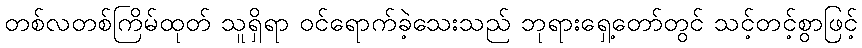
တစ်လတစ်ကြိမ်ထုတ် သူရှိရာ ဝင်ရောက်ခဲ့သေးသည် ဘုရားရှေ့တော်တွင် သင့်တင့်စွာဖြင့်